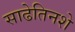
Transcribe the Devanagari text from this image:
साढेतिनशे